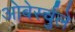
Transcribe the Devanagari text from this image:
ओबेर्स्चुले